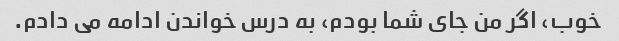
خوب، اگر من جای شما بودم، به درس خواندن ادامه می دادم.